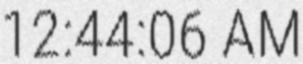
12:44:06 AM